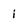
Character: 1